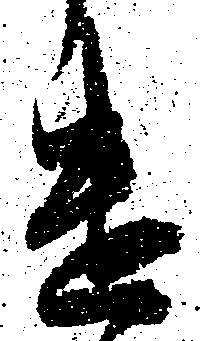
遣